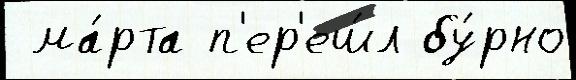
 ма́рта п'ер'еш́л бу́рно